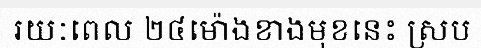
រយៈពេល ២៤ម៉ោងខាងមុខនេះ ស្រប